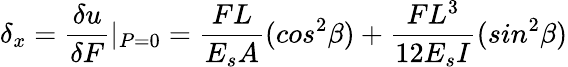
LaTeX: \delta{_x}=\frac{\delta{u}}{\delta{F}}\textbar{_{P=0}}=\frac{FL}{E_{s}A}(cos^{2}\beta)+\frac{FL^{3}}{12E_{s}I}(sin^{2}\beta)